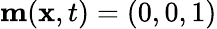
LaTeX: \mathbf{m}(\mathbf{x},t)=(0,0,1)